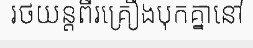
រថយន្តពីរគ្រឿងបុកគ្នានៅ